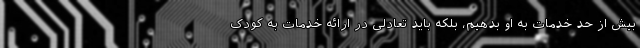
بیش از حد خدمات به او بدهیم، بلکه باید تعادلی در ارائه خدمات به کودک